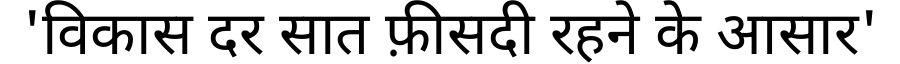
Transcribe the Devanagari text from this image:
'विकास दर सात फ़ीसदी रहने के आसार'